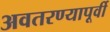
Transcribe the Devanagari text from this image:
अवतरण्यापूर्वी